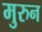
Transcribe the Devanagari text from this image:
मुरुन